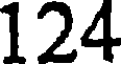
124